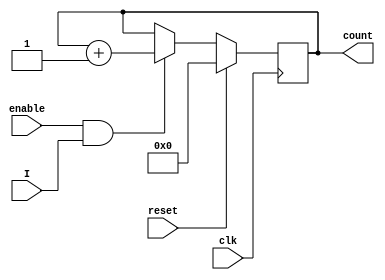
module counter(
	input clk,
	input enable,
	input I,
	input reset,
	output reg[7:0] count);
	
	always @(posedge clk) begin
		if (reset) begin
			count <= 8'b0000_0000;
		end else if (enable && I) begin
			count <= count + 1;
		end	
	end

endmodule